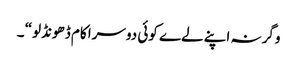
وگرنہ اپنے لےے کوئی دوسرا کام ڈھونڈلو“ ۔